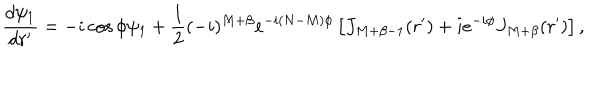
LaTeX: \frac { d \psi _ { 1 } } { d r ^ { \prime } } = - i \cos \phi \psi _ { 1 } + \frac { 1 } { 2 } ( - i ) ^ { M + \beta } e ^ { - i ( N - M ) \phi } \left[ J _ { M + \beta - 1 } ( r ^ { \prime } ) + i e ^ { - i \phi } J _ { M + \beta } ( r ^ { \prime } ) \right] ,